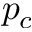
p _ { c }